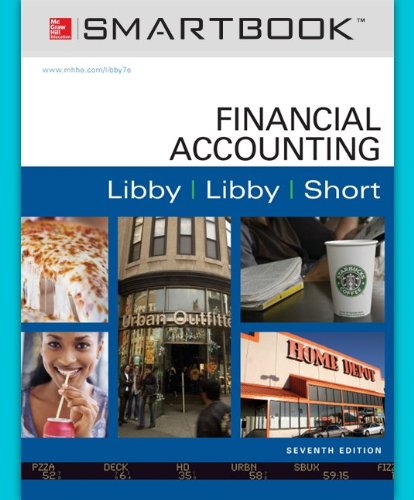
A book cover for Financial Accounting, 7th Edition; Robert Libby; Business & Money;